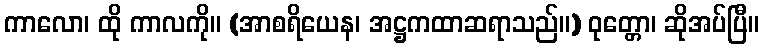
ကာလော၊ ထို ကာလကို။ (အာစရိယေန၊ အဋ္ဌကထာဆရာသည်။) ဝုတ္တော၊ ဆိုအပ်ပြီ။